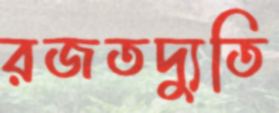
রজতদ্যুতি